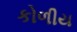
કોળીય